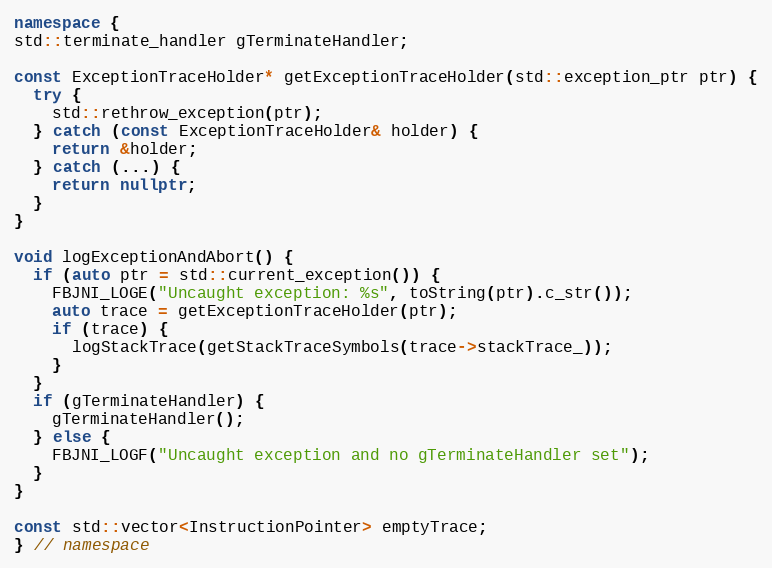
Language: C++
namespace {
std::terminate_handler gTerminateHandler;

const ExceptionTraceHolder* getExceptionTraceHolder(std::exception_ptr ptr) {
  try {
    std::rethrow_exception(ptr);
  } catch (const ExceptionTraceHolder& holder) {
    return &holder;
  } catch (...) {
    return nullptr;
  }
}

void logExceptionAndAbort() {
  if (auto ptr = std::current_exception()) {
    FBJNI_LOGE("Uncaught exception: %s", toString(ptr).c_str());
    auto trace = getExceptionTraceHolder(ptr);
    if (trace) {
      logStackTrace(getStackTraceSymbols(trace->stackTrace_));
    }
  }
  if (gTerminateHandler) {
    gTerminateHandler();
  } else {
    FBJNI_LOGF("Uncaught exception and no gTerminateHandler set");
  }
}

const std::vector<InstructionPointer> emptyTrace;
} // namespace